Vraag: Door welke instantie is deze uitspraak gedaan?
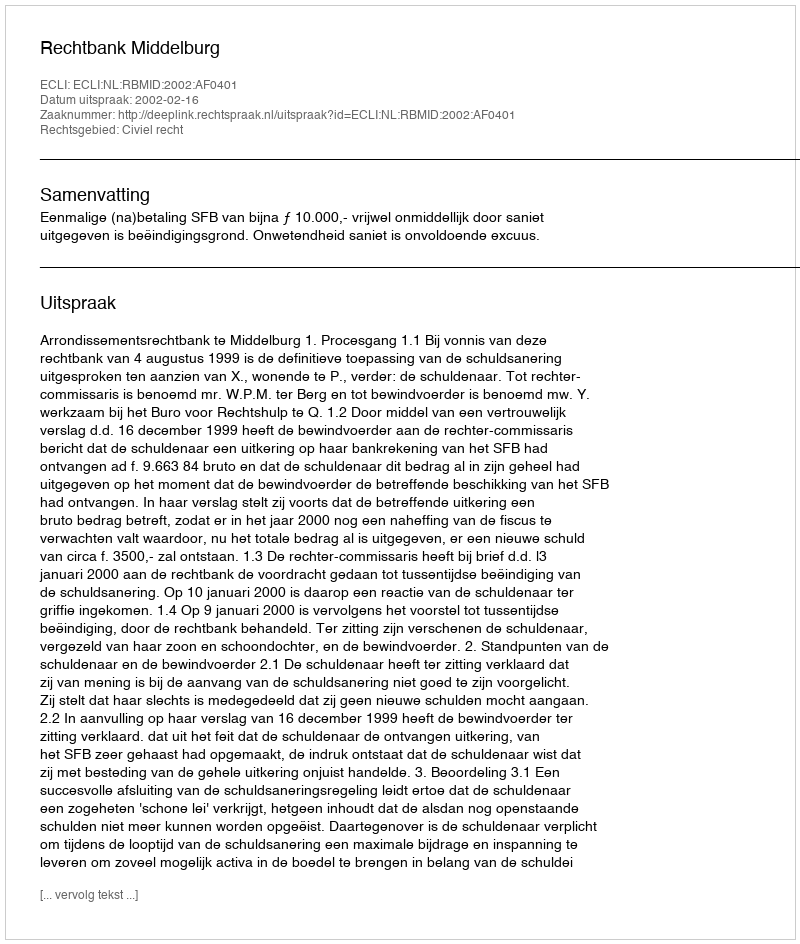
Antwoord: Rechtbank Middelburg